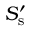
S _ { \mathrm { s } } ^ { \prime }